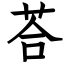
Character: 荅